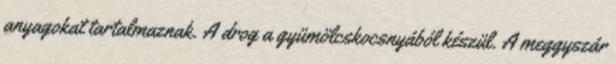
anyagokat tartalmaznak. A drog a gyümölcskocsnyából készül. A meggyszár